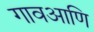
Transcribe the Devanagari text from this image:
गावआणि